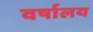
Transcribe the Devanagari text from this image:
वर्षालय